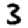
Digit: 3